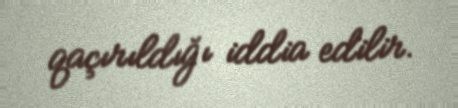
qaçırıldığı iddia edilir.